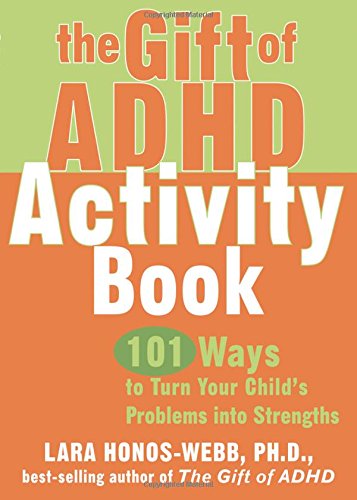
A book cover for The Gift of ADHD Activity Book: 101 Ways to Turn Your Child's Problems into Strengths (Companion Companion); Lara Honos-Webb; Health, Fitness & Dieting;